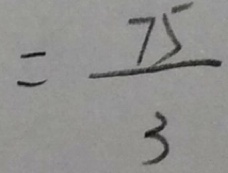
= \frac { 7 5 } { 3 }